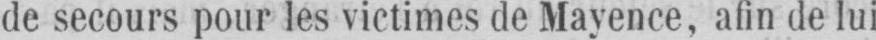
de secours pour les victimes de Mayence, afin de lui